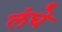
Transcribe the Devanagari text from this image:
लंघे